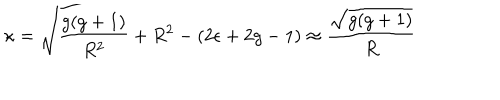
LaTeX: \kappa = \sqrt { { \frac { g ( g + 1 ) } { R ^ { 2 } } } + R ^ { 2 } - ( 2 \epsilon + 2 g - 1 ) } \approx { \frac { \sqrt { g ( g + 1 ) } } { R } }